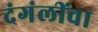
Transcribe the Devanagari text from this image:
दंगंलींचा